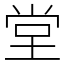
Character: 堂